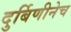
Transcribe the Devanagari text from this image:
दुर्बिणीनेच